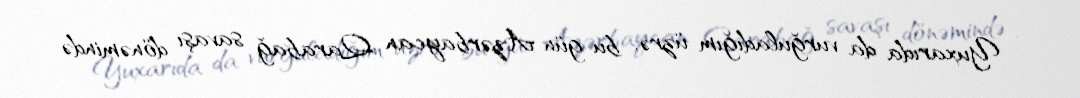
- Yuxarıda da vurğuladığım üzrə, bu gün Azərbaycan Qarabağ savaşı dönəmində